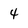
Character: 4